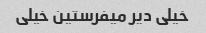
خیلی دیر میفرستین خیلی